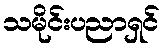
သမိုင်းပညာရှင်